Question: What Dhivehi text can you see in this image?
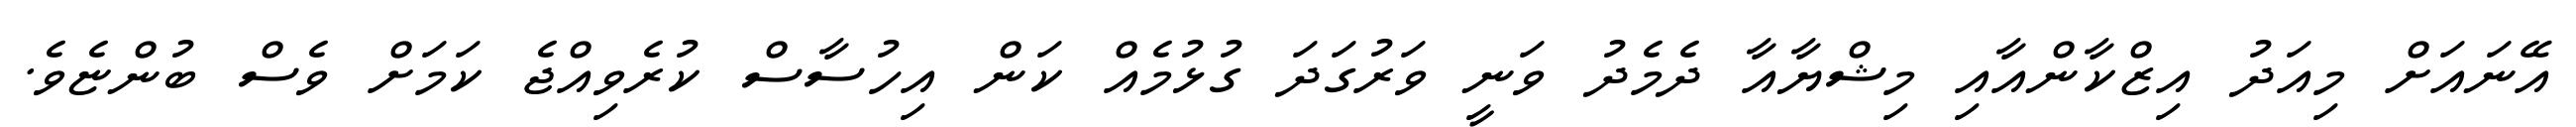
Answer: އޭނައަށް މިއަދު އިޒްކާންއާއި މިޝްޔާއާ ދެމެދު ވަނީ ވަރުގަދަ ގުޅުމެއް ކަން އިހުސާސް ކުރެވިއްޖެ ކަމަށް ވެސް ބުންޏެވެ.